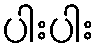
ပါးပါး